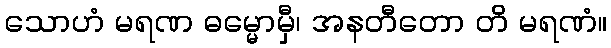
သောဟံ မရဏ ဓမ္မောမှီ၊ အနတီတော တိ မရဏံ။